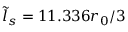
\tilde { l } _ { s } = 1 1 . 3 3 6 r _ { 0 } / 3